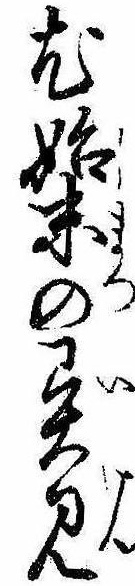
尤始末の異見